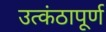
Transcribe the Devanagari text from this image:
उत्कंठापूर्ण